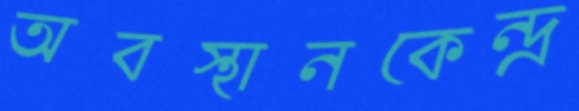
অবস্থানকেন্দ্র